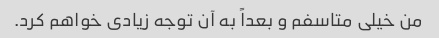
من خیلی متاسفم و بعداً به آن توجه زیادی خواهم کرد.